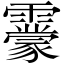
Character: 𩆬